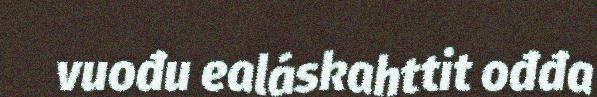
vuođu ealáskahttit ođđa